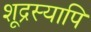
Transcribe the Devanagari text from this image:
शूद्रस्यापि